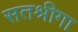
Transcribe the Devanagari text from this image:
सतश्रीगा